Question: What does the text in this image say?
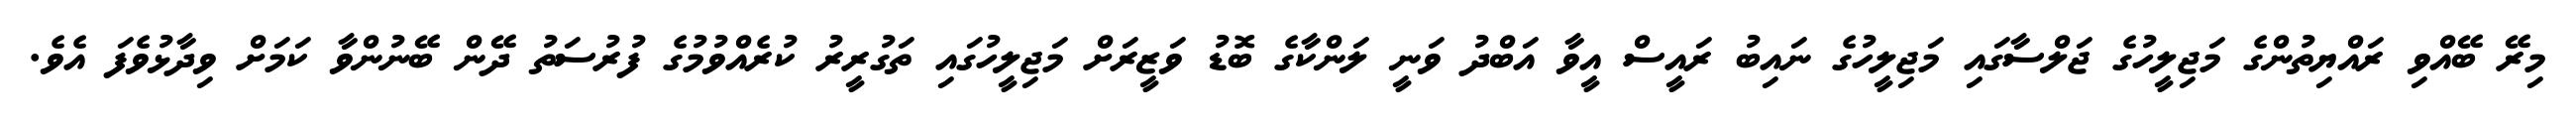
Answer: މިރޭ ބޭއްވި ރައްޔިތުންގެ މަޖިލީހުގެ ޖަލްސާގައި މަޖިލީހުގެ ނައިބު ރައީސް އީވާ އަބްދު ވަނީ ލަންކާގެ ބޮޑު ވަޒީރަށް މަޖިލީހުގައި ތަގުރީރު ކުރެއްވުމުގެ ފުރުސަތު ދޭން ބޭނުންވާ ކަމަށް ވިދާޅުވެފަ އެވެ.